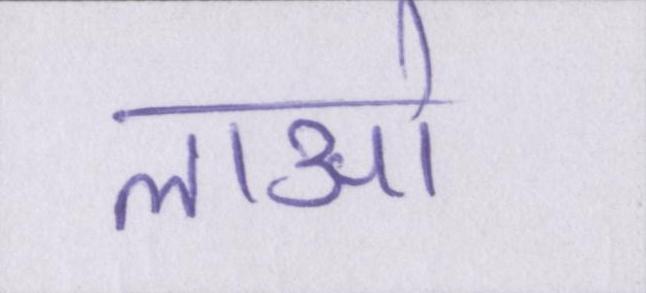
लाओ